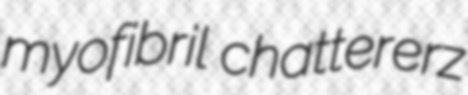
myofibril chattererz